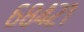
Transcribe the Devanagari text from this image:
६८४२१